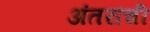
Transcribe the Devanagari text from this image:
अंतरांची